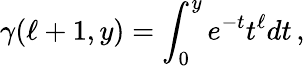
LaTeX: \gamma(\ell+1,y)=\int_{0}^{y}e^{-t}t^{\ell}dt\, ,